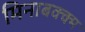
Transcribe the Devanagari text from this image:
मिनाबक्क्म